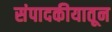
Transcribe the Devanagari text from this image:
संपादकीयातून